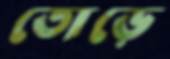
তোড়ে